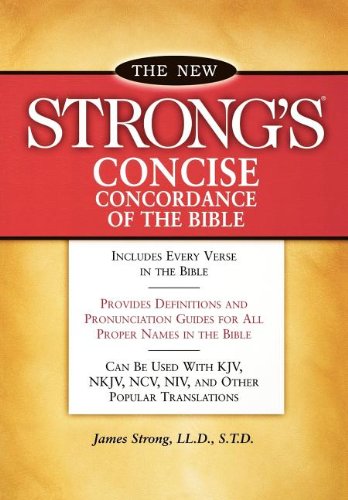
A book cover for New Strong's Concise Concordance of the Bible; James Strong; Christian Books & Bibles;